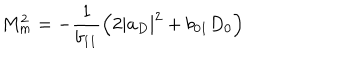
M _ { m } ^ { 2 } = - \frac { 1 } { b _ { 1 1 } } \left( 2 \left| a _ { D } \right| ^ { 2 } + { b } _ { 0 1 } D _ { 0 } \right)